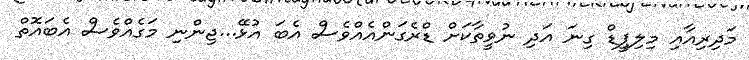
މަދިރިއާއި މިލިޕީޑް ގިނަ އަދި ނުވީތާކަށް ޑްރެގަންއެއްވެސް އެބަ އުޅޭ...ޖިންނި މަގެއްވެސް އެބައޮތް